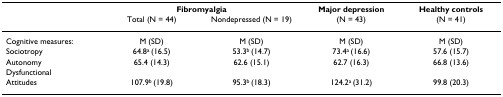
<table><thead><tr><td></td><td colspan="2"><b>Fibromyalgia</b></td><td><b>Major depression</b></td><td><b>Healthy controls</b></td></tr><tr><td></td><td><b>Total (N = 44)</b></td><td><b>Nondepressed (N = 19)</b></td><td><b>(N = 43)</b></td><td><b>(N = 41)</b></td></tr></thead><tbody><tr><td>Cognitive measures:</td><td>M (SD)</td><td>M (SD)</td><td>M (SD)</td><td>M (SD)</td></tr><tr><td>Sociotropy</td><td>64.8<sup>a </sup>(16.5)</td><td>53.3<sup>b </sup>(14.7)</td><td>73.4<sup>a </sup>(16.6)</td><td>57.6 (15.7)</td></tr><tr><td>Autonomy</td><td>65.4 (14.3)</td><td>62.6 (15.1)</td><td>62.7 (16.3)</td><td>66.8 (13.6)</td></tr><tr><td>Dysfunctional</td><td></td><td></td><td></td><td></td></tr><tr><td>Attitudes</td><td>107.9<sup>b </sup>(19.8)</td><td>95.3<sup>b </sup>(18.3)</td><td>124.2<sup>a </sup>(31.2)</td><td>99.8 (20.3)</td></tr></tbody></table>